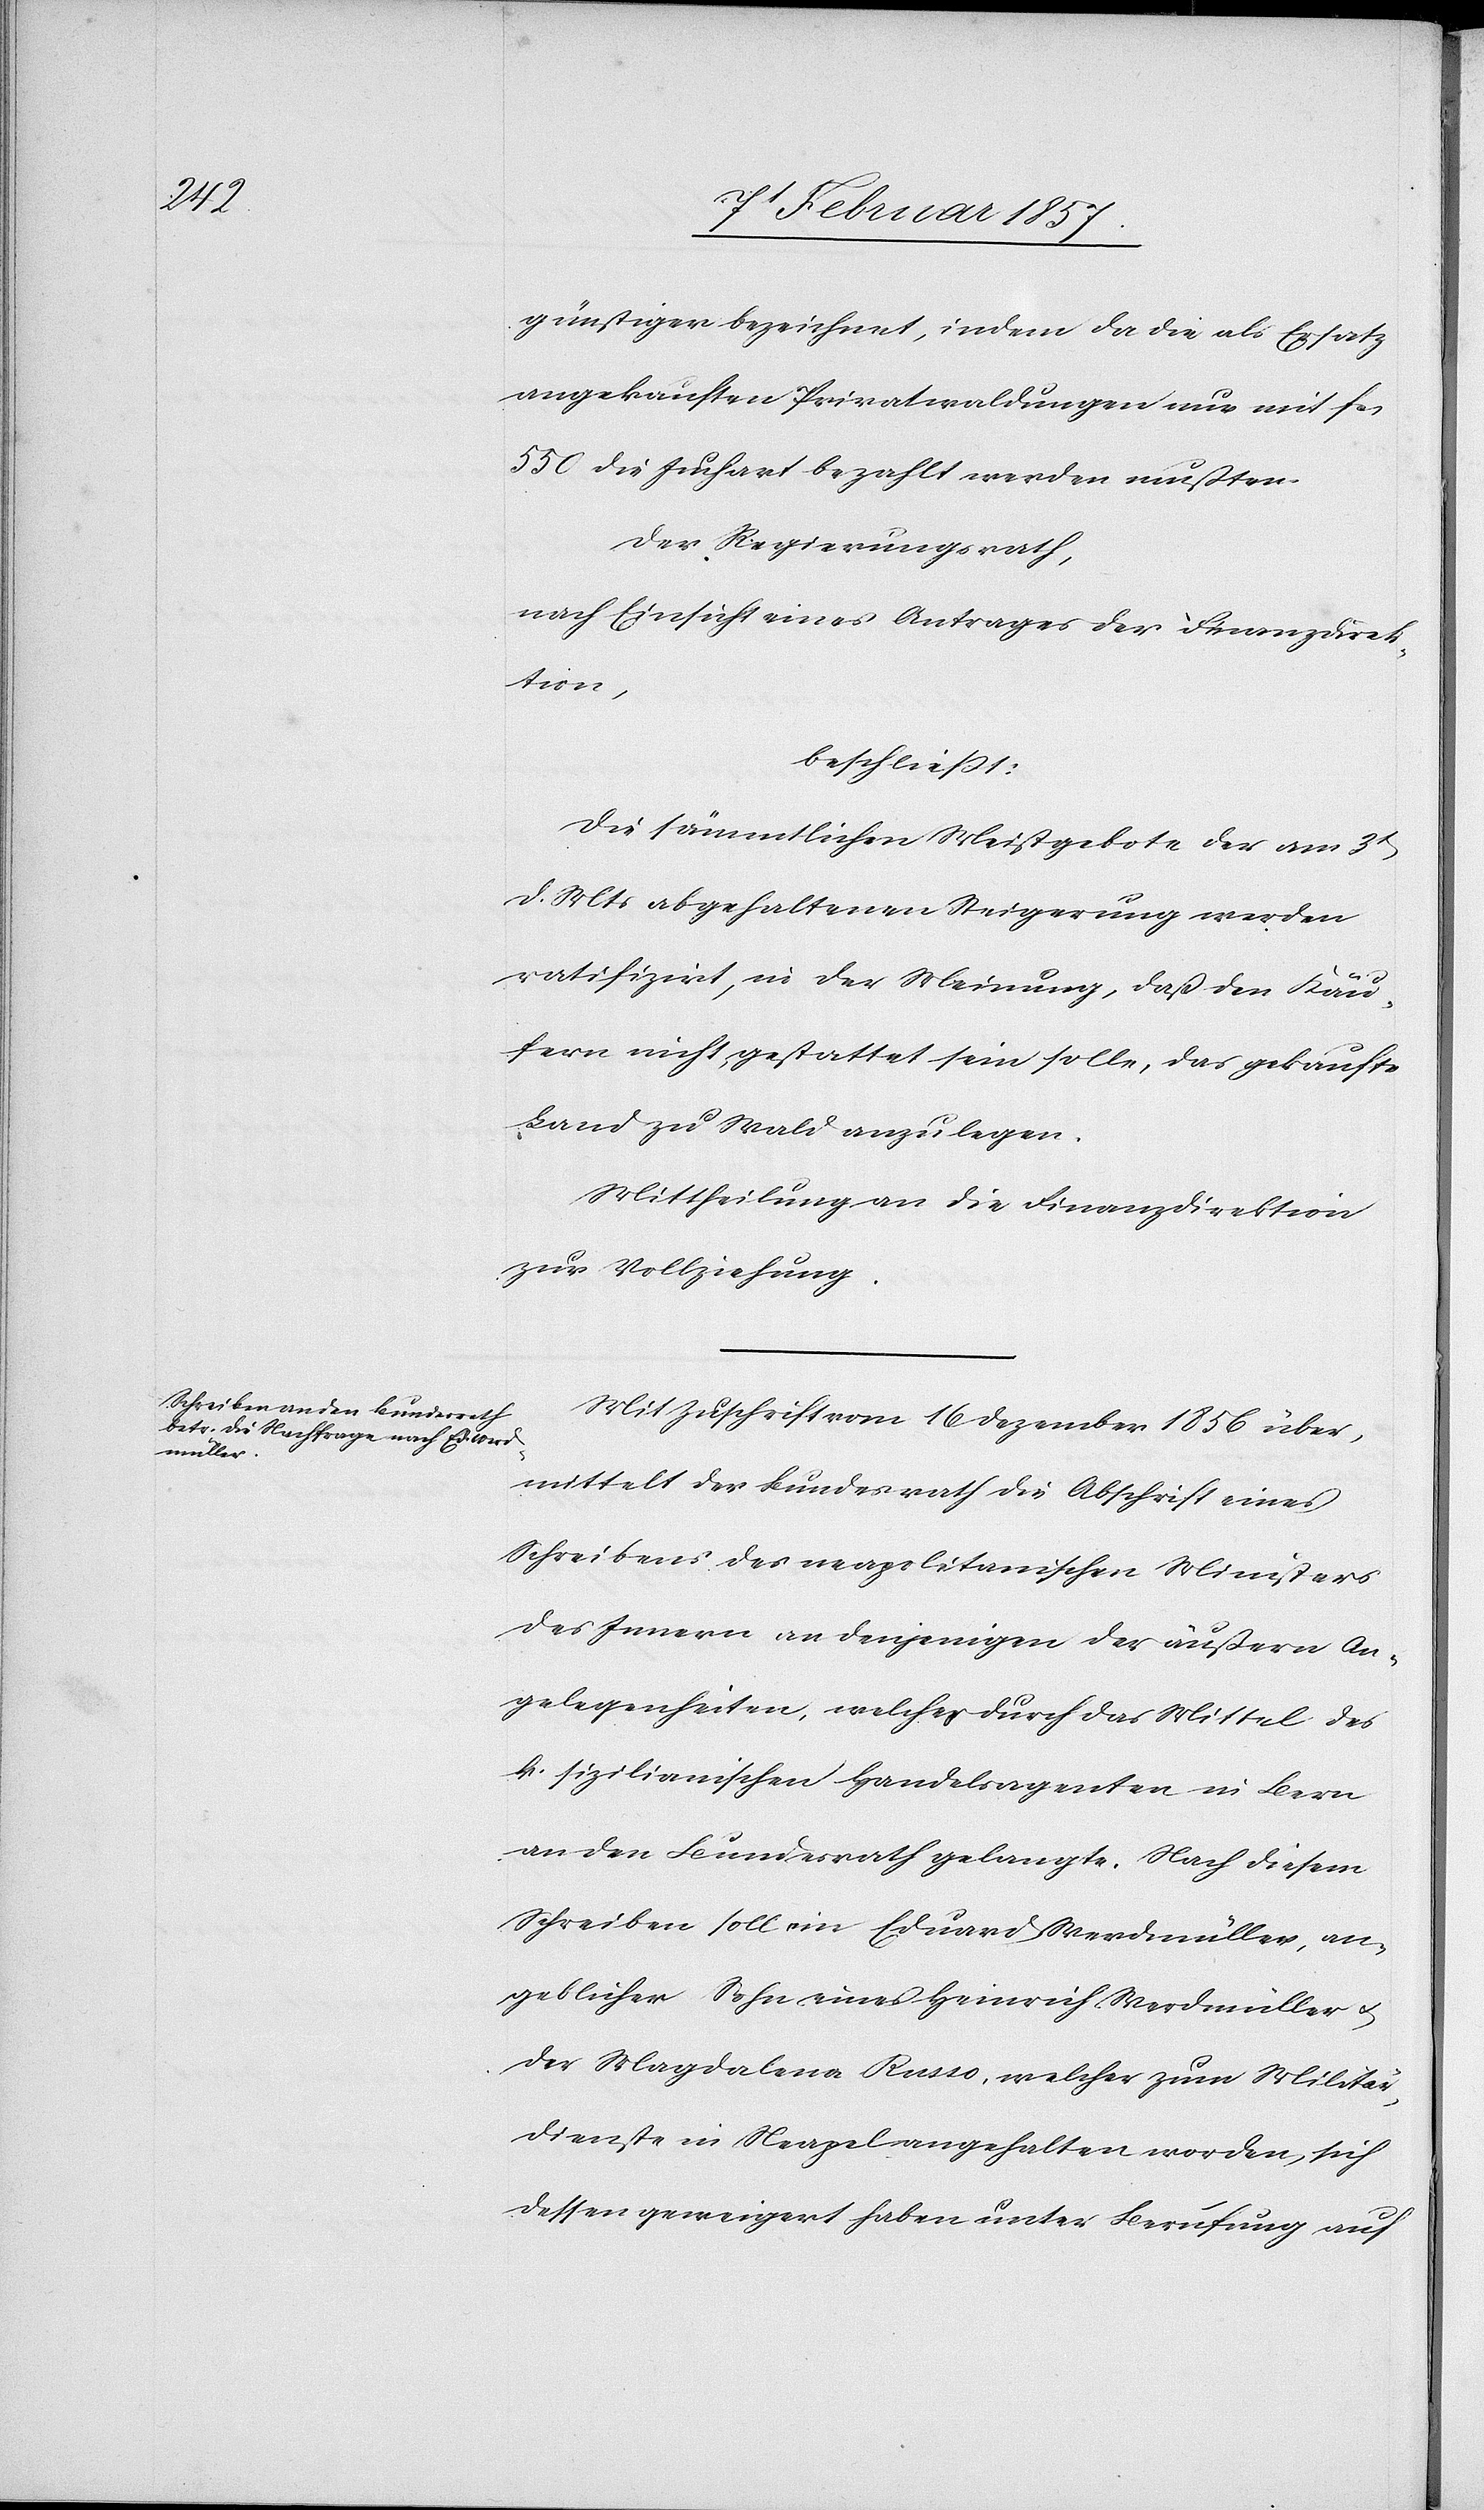
günstiger bezeichnet, indem da die als Ersatz
angekauften Privatwaldungen nur mit fr.
550 die Juchart bezahlt werden mussten.
Der Regierungsrath,
nach Einsicht eines Antrages der Finanzdirek¬
tion,
beschließt:
Die sämmtlichen Meistgebote der am 3t
d. Mts abgehaltenen Steigerung werden
ratifizirt, in der Meinung, daß den Käu¬
fern nicht gestattet sein solle, das gekaufte
Land zu Wald anzulegen.
Mittheilung an die Finanzdirektion
zur Vollziehung.
Mit Zuschrift vom 16 Dezember 1856 über¬
mittelt der Bundesrath die Abschrift eines
Schreibens des neapolitanischen Ministers
des Innern an denjenigen der äußern An¬
gelegenheiten, welcher durch das Mittel des
k. sizilianischen Handelsagenten in Bern
an den Bundesrath gelangte. Nach diesem
Schreiben soll ein Eduard Werdmüller, an¬
geblicher Sohn eines Heinrich Werdmüller u.
der Magdalena Russo, welcher zum Militär¬
dienste in Neapel angehalten worden, sich
dessen geweigert haben unter Berufung auf